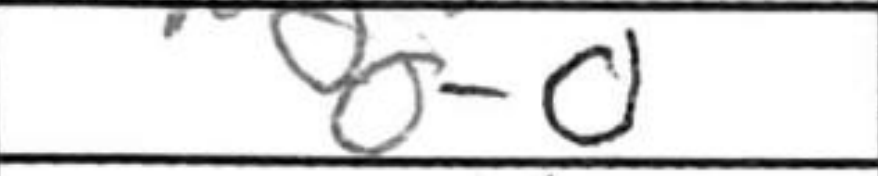
Transcription: O-O